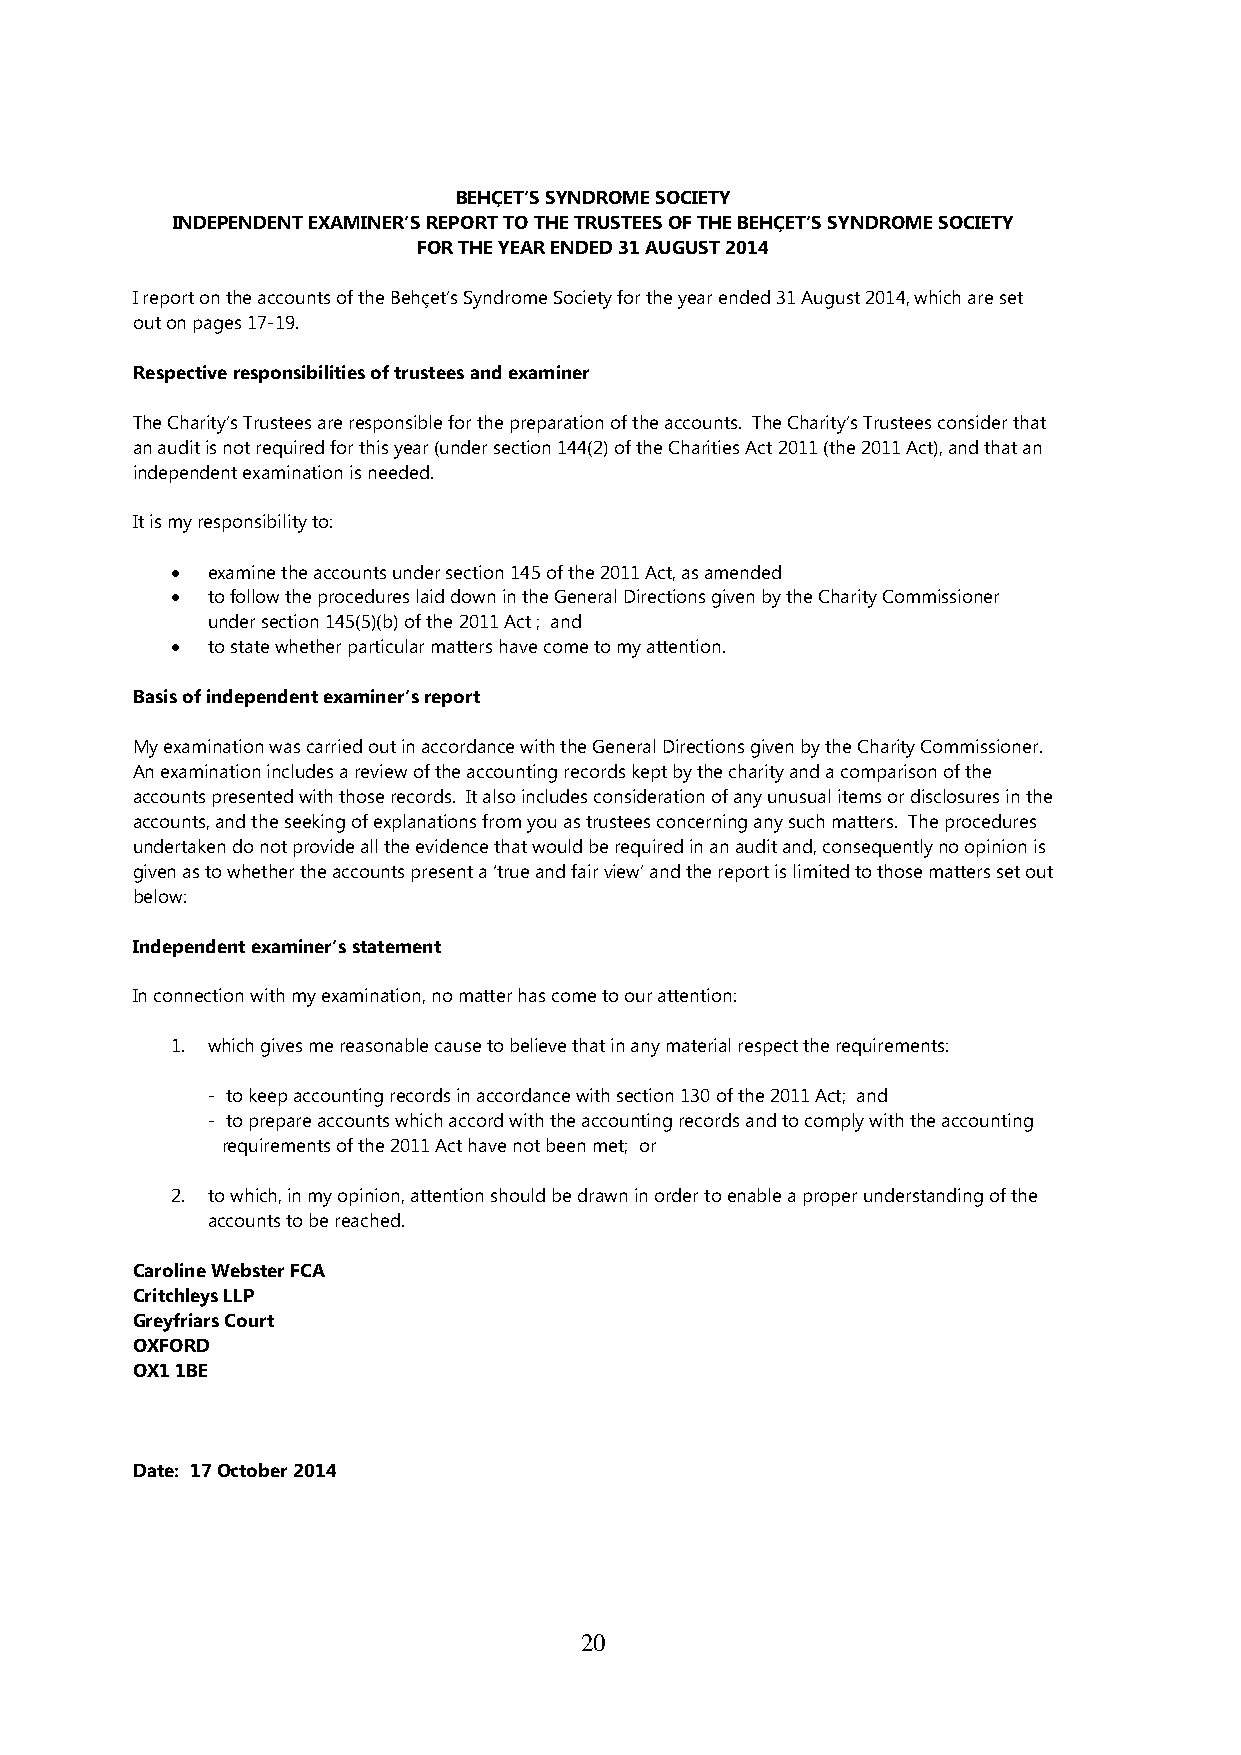
BEHҪET’S SYNDROME SOCIETY
 INDEPENDENT EXAMINER’S REPORT TO THE TRUSTEES OF THE BEHҪET’S SYNDROME SOCIETY
 FOR THE YEAR ENDED 31 AUGUST 2014
 I report on the accounts of the Behçet’s Syndrome Society for the year ended 31 August 2014, which are set
 out on pages 17-19.
 Respective responsibilities of trustees and examiner
 The Charity’s Trustees are responsible for the preparation of the accounts. The Charity’s Trustees consider that
 an audit is not required for this year (under section 144(2) of the Charities Act 2011 (the 2011 Act), and that an
 independent examination is needed.
 It is my responsibility to:
 •  examine the accounts under section 145 of the 2011 Act, as amended
 •  to follow the procedures laid down in the General Directions given by the Charity Commissioner
 under section 145(5)(b) of the 2011 Act ; and
 •  to state whether particular matters have come to my attention.
 Basis of independent examiner’s report
 My examination was carried out in accordance with the General Directions given by the Charity Commissioner.
 An examination includes a review of the accounting records kept by the charity and a comparison of the
 accounts presented with those records. It also includes consideration of any unusual items or disclosures in the
 accounts, and the seeking of explanations from you as trustees concerning any such matters. The procedures
 undertaken do not provide all the evidence that would be required in an audit and, consequently no opinion is
 given as to whether the accounts present a ‘true and fair view’ and the report is limited to those matters set out
 below:
 Independent examiner’s statement
 In connection with my examination, no matter has come to our attention:
 1. which gives me reasonable cause to believe that in any material respect the requirements:
 - to keep accounting records in accordance with section 130 of the 2011 Act; and
 - to prepare accounts which accord with the accounting records and to comply with the accounting
 requirements of the 2011 Act have not been met; or
 2. to which, in my opinion, attention should be drawn in order to enable a proper understanding of the
 accounts to be reached.
 Caroline Webster FCA
 Critchleys LLP
 Greyfriars Court
 OXFORD
 OX1 1BE
 Date: 17 October 2014
 20